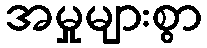
အမှုများစွာ